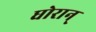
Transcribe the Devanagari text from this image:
घोरान्